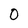
Character: 0